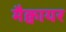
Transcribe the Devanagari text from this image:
मैक्वायर